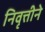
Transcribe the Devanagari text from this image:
निवृत्तीने